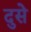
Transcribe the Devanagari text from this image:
दुसे